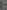
: